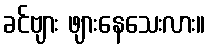
ခင်ဗျား ဖျားနေသေးလား။